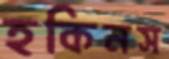
হকিনস